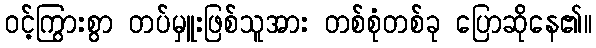
ဝင့်ကြွားစွာ တပ်မှူးဖြစ်သူအား တစ်စုံတစ်ခု ပြောဆိုနေ၏။